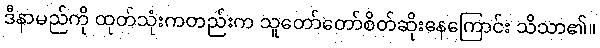
ဒီနာမည်ကို ထုတ်သုံးကတည်းက သူတော်တော်စိတ်ဆိုးနေကြောင်း သိသာ၏။